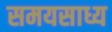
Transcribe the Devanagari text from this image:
समयसाध्य